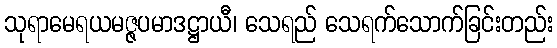
သုရာမေရယမဇ္ဇပမာဒဋ္ဌာယီ၊ သေရည် သေရက်သောက်ခြင်းတည်း